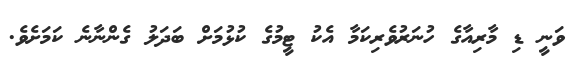
ވަނީ ޑި މާރިއާގެ ހުނަރުވެރިކަމާ އެކު ޓީމުގެ ކުޅުމަށް ބަދަލު ގެންނާނެ ކަމަށެވެ.